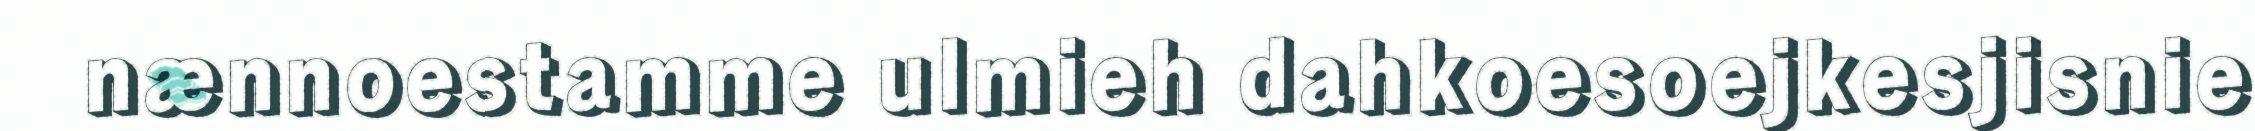
nænnoestamme ulmieh dahkoesoejkesjisnie